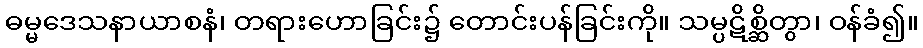
ဓမ္မဒေသနာယာစနံ၊ တရားဟောခြင်း၌ တောင်းပန်ခြင်းကို။ သမ္ပဋိစ္ဆိတွာ၊ ဝန်ခံ၍။